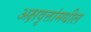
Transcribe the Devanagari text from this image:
अक्षवृत्तांमधील